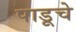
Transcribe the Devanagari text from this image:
पाडूचे